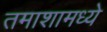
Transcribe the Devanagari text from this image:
तमाशामध्ये